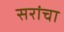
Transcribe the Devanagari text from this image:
सरांचा